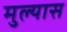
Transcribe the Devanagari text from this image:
मुल्यास